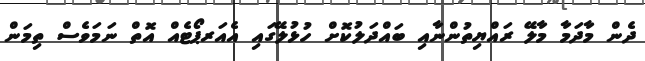
ދެން މާދަމާ މާލޭ ރައްޔިތުންނާއި ބައްދަލުކޮށް ހުޅުލޭގައި އެއަރޕޯޓެއް އޮތް ނަމަވެސް ތިމަން